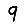
Digit: 9